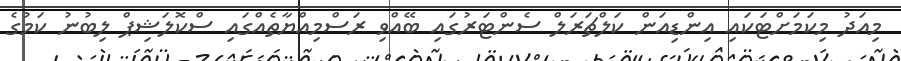
މިއަދު މިކަމަށްޓަކައި އިންޑިއަން ކަލްޗަރަލް ސެންޓަރުގައި ބޭއްވި ރަސްމިއްޔާތެއްގައި ސްކޮލަޝިޕް ލިބުނު ކަމުގެ